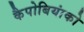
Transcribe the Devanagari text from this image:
कैपोबियांको